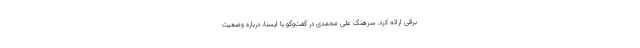
برقی ارائه کرد. سرهنگ علی محمدی در گفت‌وگو با ایسنا، درباره وضعیت